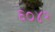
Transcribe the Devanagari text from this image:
६०४२